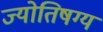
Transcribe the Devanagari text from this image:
ज्योतिषग्य